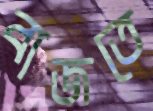
বাজতে